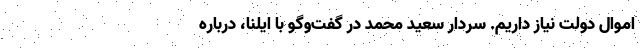
اموال دولت نیاز داریم. سردار سعید محمد در گفت‌وگو با ایلنا، درباره